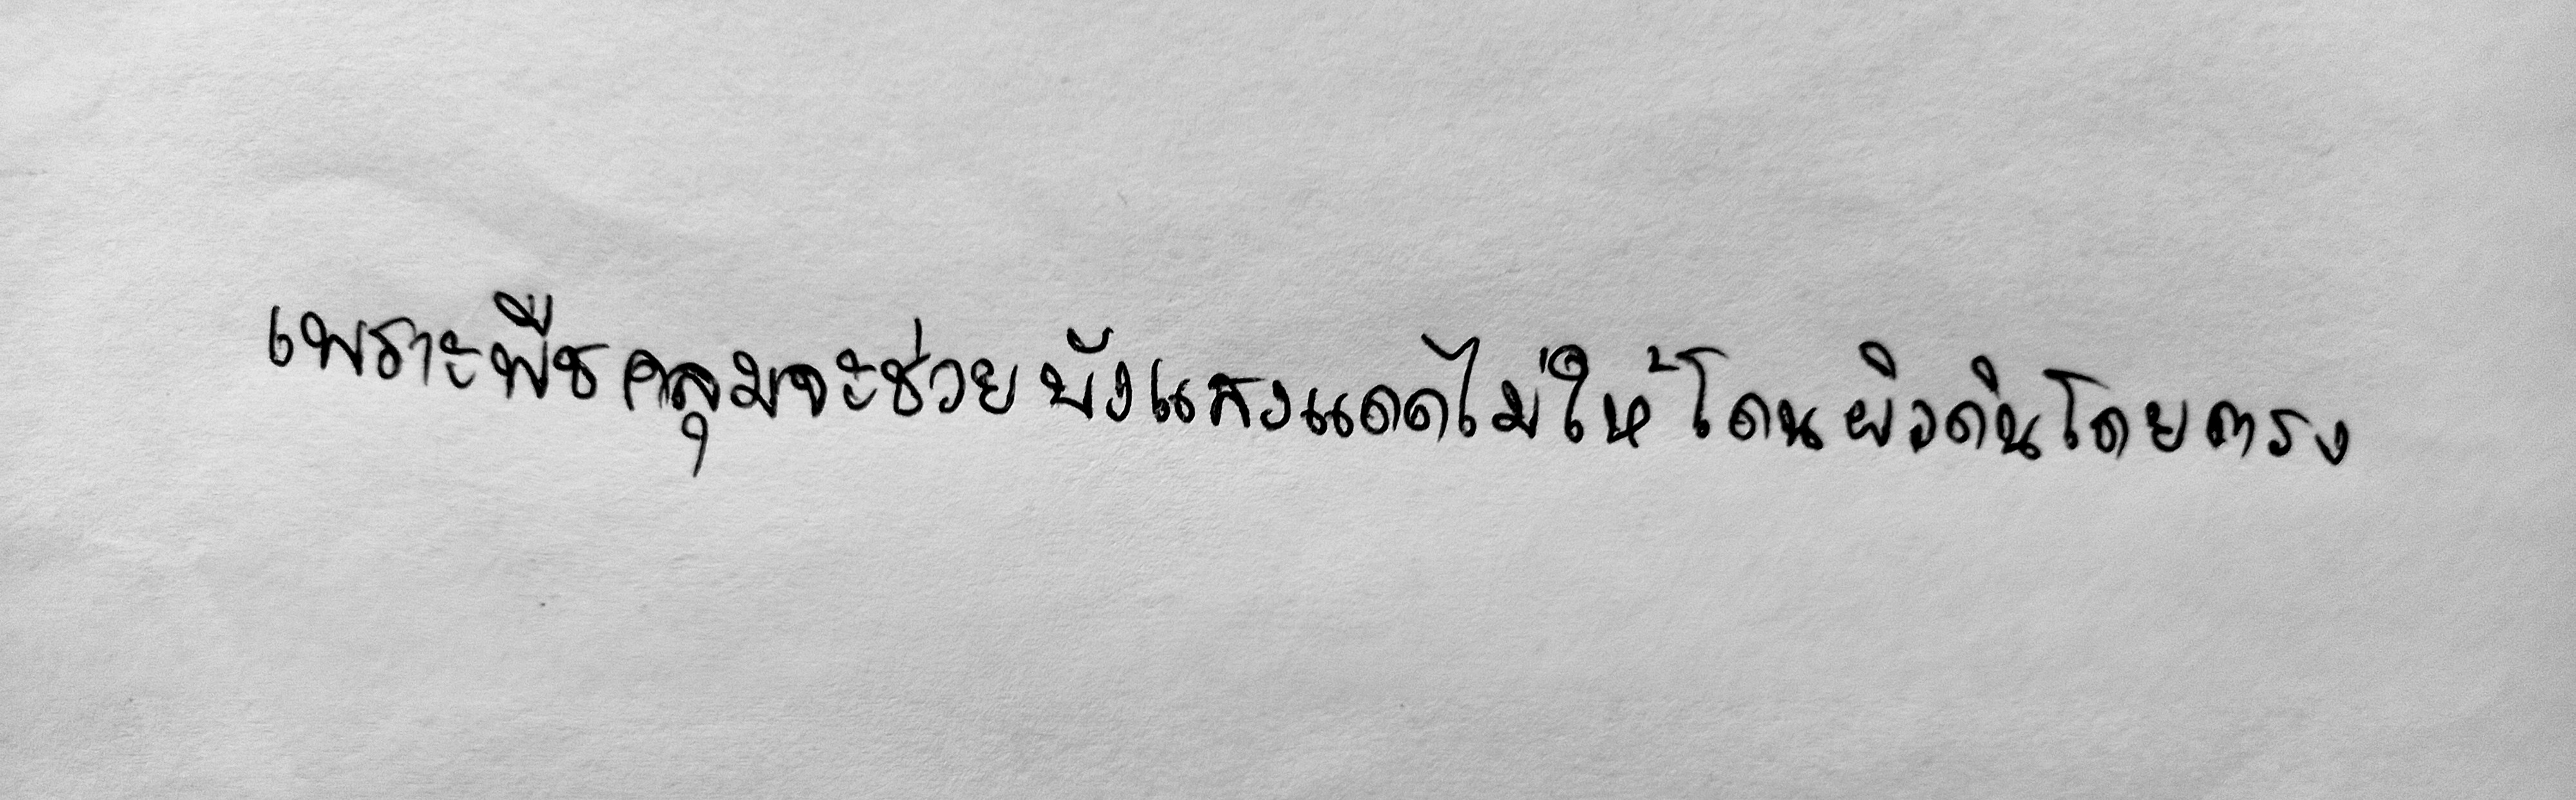
เพราะพืชคลุมจะช่วยบังแสงแดดไม่ให้โดนผิวดินโดยตรง